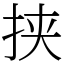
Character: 挟